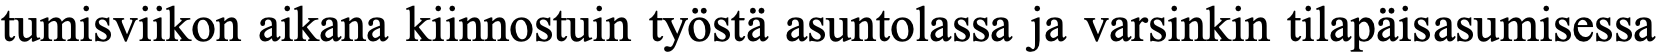
tumisviikon aikana kiinnostuin työstä asuntolassa ja varsinkin tilapäisasumisessa